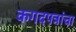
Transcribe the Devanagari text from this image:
कगदपत्रांचा